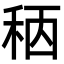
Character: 䄼